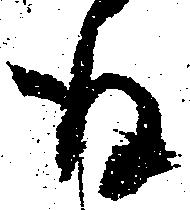
存